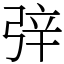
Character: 㢹